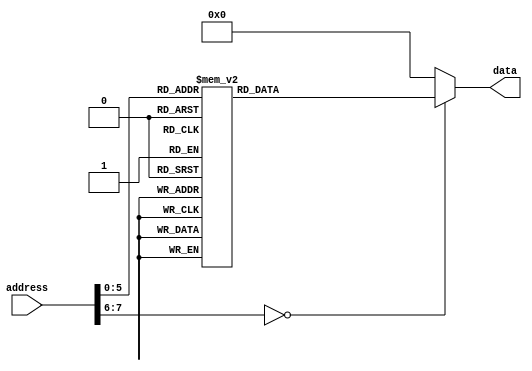
module music_rom
(
    input wire [7:0]address,
    output reg [4:0]data
);
always @ (*)
		case(address)
            8'd0  : data = 5'd8;// 1155 6650
            8'd1  : data = 5'd8;
            8'd2  : data = 5'd12;
            8'd3  : data = 5'd12;
            8'd4  : data = 5'd13;
            8'd5  : data = 5'd13;
            8'd6  : data = 5'd12;
            8'd7  : data = 5'd0;

            8'd8  : data = 5'd11;// 4433 2210
            8'd9  : data = 5'd11;
            8'd10  : data = 5'd10;
            8'd11  : data = 5'd10;
            8'd12  : data = 5'd9;
            8'd13  : data = 5'd9;
            8'd14  : data = 5'd8;
            8'd15  : data = 5'd0;        
            

            8'd16  : data = 5'd12;// 5544 3320
            8'd17  : data = 5'd12;
            8'd18  : data = 5'd11;
            8'd19  : data = 5'd11;
            8'd20  : data = 5'd10;
            8'd21  : data = 5'd10;
            8'd22  : data = 5'd9;
            8'd23  : data = 5'd0;

            8'd24  : data = 5'd12;//  5544 3320
            8'd25  : data = 5'd12;
            8'd26  : data = 5'd11;
            8'd27  : data = 5'd11;
            8'd28  : data = 5'd10;
            8'd29  : data = 5'd10;
            8'd30  : data = 5'd9;
            8'd31  : data = 5'd0;

            8'd32  : data = 5'd8;// 1155 6650
            8'd33  : data = 5'd8;
            8'd34  : data = 5'd12;
            8'd35  : data = 5'd12;
            8'd36  : data = 5'd13;
            8'd37  : data = 5'd13;
            8'd38  : data = 5'd12;
            8'd39  : data = 5'd0;

            8'd40  : data = 5'd11;// 4433 2210
            8'd41  : data = 5'd11;
            8'd42  : data = 5'd10;
            8'd43  : data = 5'd10;
            8'd44  : data = 5'd9;
            8'd45  : data = 5'd9;
            8'd46  : data = 5'd8;
            8'd47  : data = 5'd0;

            default:data = 0;
        endcase


endmodule